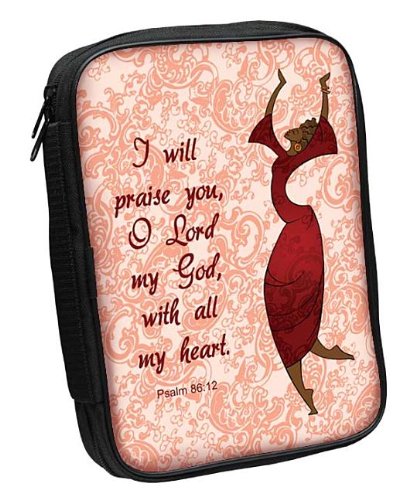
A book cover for I Will Praise Fabric Large Black Bible Cover; Christian Books & Bibles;